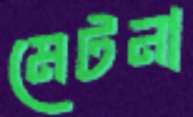
মেটনা